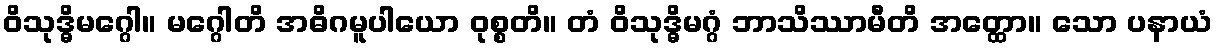
ဝိသုဒ္ဓိမဂ္ဂေါ။ မဂ္ဂေါတိ အဓိဂမူပါယော ဝုစ္စတိ။ တံ ဝိသုဒ္ဓိမဂ္ဂံ ဘာသိဿာမီတိ အတ္ထော။ သော ပနာယံ